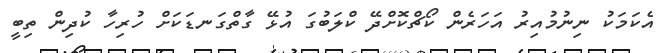
އެކަމަކު ނިނުމުއިރު އަހަރެން ކޯޗްކޮށްދޭ ކްލަބުގަ އުޅޭ ގާތްގަނޑަކަށް ހުރިހާ ކުދިން ތިބީ